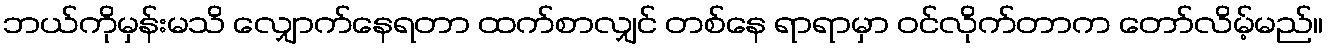
ဘယ်ကိုမှန်းမသိ လျှောက်နေရတာ ထက်စာလျှင် တစ်နေ ရာရာမှာ ဝင်လိုက်တာက တော်လိမ့်မည်။